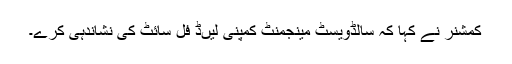
کمشنر نے کہا کہ سالڈویسٹ مینجمنٹ کمپنی لیںڈ فل سائٹ کی نشاندہی کرے۔